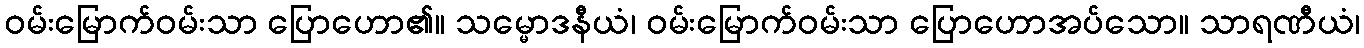
ဝမ်းမြောက်ဝမ်းသာ ပြောဟော၏။ သမ္မောဒနီယံ၊ ဝမ်းမြောက်ဝမ်းသာ ပြောဟောအပ်သော။ သာရဏီယံ၊